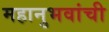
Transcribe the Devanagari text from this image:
महानुभवांची